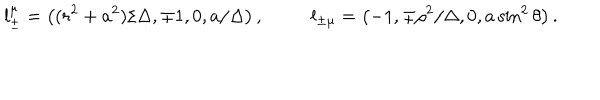
l _ { \pm } ^ { \mu } = \left( ( r ^ { 2 } + a ^ { 2 } ) / \Delta , \mp 1 , 0 , a / \Delta \right) , l _ { \pm \mu } = \left( - 1 , \mp \rho ^ { 2 } / \Delta , 0 , a \sin ^ { 2 } \theta \right) .